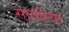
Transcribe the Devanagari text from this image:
सावरिया